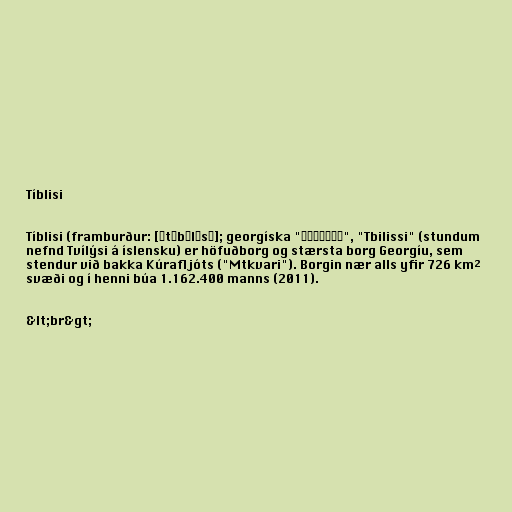
Tíblisi

Tíblisi (framburður: [ˈtʰbɪlɪsɪ]; georgíska "თბილისი", "Tbilissi" (stundum
nefnd Tvílýsi á íslensku) er höfuðborg og stærsta borg Georgíu, sem
stendur við bakka Kúrafljóts ("Mtkvari"). Borgin nær alls yfir 726 km²
svæði og í henni búa 1.162.400 manns (2011).

&lt;br&gt;